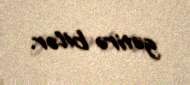
gətirə bilər.